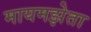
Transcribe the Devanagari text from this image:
मायमझेता